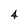
Character: 4